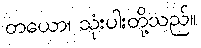
တယော၊ သုံးပါးတို့သည်။